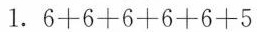
1. $$6 + 6 + 6 + 6 + 6 + 5$$